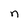
Character: n